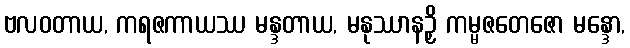
ဗလဝတာယ, ကရဇကာယဿ မန္ဒတာယ, မနုဿာနဉှိ ကမ္မဇတေဇော မန္ဒော,